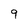
Character: 9